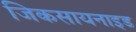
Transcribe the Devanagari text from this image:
जिकसायनाइड